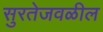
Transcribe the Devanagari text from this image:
सुरतेजवळील